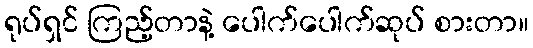
ရုပ်ရှင် ကြည့်တာနဲ့ ပေါက်ပေါက်ဆုပ် စားတာ။